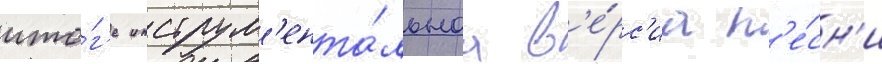
ито́г'е инструм'ента́льнаа в'е́рс'иа п'е́сн'и